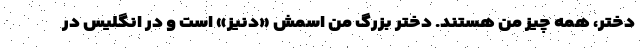
دختر، همه چیز من هستند. دختر بزرگ من اسمش «دنیز» است و در انگلیس در